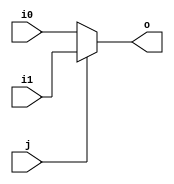
module mux2 (input wire i0, i1, j, output wire o);
  assign o = (j==0)?i0:i1;
endmodule

module mux4 (input wire [0:3] i, input wire [1:0]j, output wire o);
  wire  t0, t1;
  mux2 mux2_0 (i[0], i[1], j[0], t0);
  mux2 mux2_1 (i[2], i[3], j[0], t1);
  mux2 mux2_2 (t0, t1, j[1], o);
endmodule

module rl1(input wire [15:0]i,input wire [1:0]op,output wire [15:0]o);
  /*when op=00->left shift
  op-01->right shift
  op-10->left rotate
  op-11->right rotate*/
  mux4 m0({1'b0,i[1],i[15],i[1]},op,o[0]);
  mux4 m1({i[0],i[2],i[0],i[2]},op,o[1]);
  mux4 m2({i[1],i[3],i[1],i[3]},op,o[2]);
  mux4 m3({i[2],i[4],i[2],i[4]},op,o[3]);
  mux4 m4({i[3],i[5],i[3],i[5]},op,o[4]);
  mux4 m5({i[4],i[6],i[4],i[6]},op,o[5]);
  mux4 m6({i[5],i[7],i[5],i[7]},op,o[6]);
  mux4 m7({i[6],i[8],i[6],i[8]},op,o[7]);
  mux4 m8({i[7],i[9],i[7],i[9]},op,o[8]);
  mux4 m9({i[8],i[10],i[8],i[10]},op,o[9]);
  mux4 mA({i[9],i[11],i[9],i[11]},op,o[10]);
  mux4 mB({i[10],i[12],i[10],i[12]},op,o[11]);
  mux4 mC({i[11],i[13],i[11],i[13]},op,o[12]);
  mux4 mD({i[12],i[14],i[12],i[14]},op,o[13]);
  mux4 mE({i[13],i[15],i[13],i[15]},op,o[14]);
  mux4 mF({i[14],1'b0,i[14],i[0]},op,o[15]);
endmodule

module bitshift1(input wire [15:0]i,input wire s,input wire [1:0]op,output wire [15:0]o);
  wire [15:0]t;
  rl1 r(i,op,t);

  mux2 m10(i[0],t[0],s,o[0]);
  mux2 m11(i[1],t[1],s,o[1]);
  mux2 m12(i[2],t[2],s,o[2]);
  mux2 m13(i[3],t[3],s,o[3]);
  mux2 m14(i[4],t[4],s,o[4]);
  mux2 m15(i[5],t[5],s,o[5]);
  mux2 m16(i[6],t[6],s,o[6]);
  mux2 m17(i[7],t[7],s,o[7]);
  mux2 m18(i[8],t[8],s,o[8]);
  mux2 m19(i[9],t[9],s,o[9]);
  mux2 m1A(i[10],t[10],s,o[10]);
  mux2 m1B(i[11],t[11],s,o[11]);
  mux2 m1C(i[12],t[12],s,o[12]);
  mux2 m1D(i[13],t[13],s,o[13]);
  mux2 m1E(i[14],t[14],s,o[14]);
  mux2 m1F(i[15],t[15],s,o[15]);
endmodule

module rl2(input wire [15:0]i,input wire [1:0]op,output wire [15:0]o);
  /*when op=00->left shift
  op-01->right shift
  op-10->left rotate
  op-11->right rotate*/
  mux4 m0({1'b0,i[2],i[14],i[2]},op,o[0]);
  mux4 m1({1'b0,i[3],i[15],i[3]},op,o[1]);
  mux4 m2({i[0],i[4],i[0],i[4]},op,o[2]);
  mux4 m3({i[1],i[5],i[1],i[5]},op,o[3]);
  mux4 m4({i[2],i[6],i[2],i[6]},op,o[4]);
  mux4 m5({i[3],i[7],i[3],i[7]},op,o[5]);
  mux4 m6({i[4],i[8],i[4],i[8]},op,o[6]);
  mux4 m7({i[5],i[9],i[5],i[9]},op,o[7]);
  mux4 m8({i[6],i[10],i[6],i[10]},op,o[8]);
  mux4 m9({i[7],i[11],i[7],i[11]},op,o[9]);
  mux4 mA({i[8],i[12],i[8],i[12]},op,o[10]);
  mux4 mB({i[9],i[13],i[9],i[13]},op,o[11]);
  mux4 mC({i[10],i[14],i[10],i[14]},op,o[12]);
  mux4 mD({i[11],i[15],i[11],i[15]},op,o[13]);
  mux4 mE({i[12],1'b0,i[12],i[0]},op,o[14]);
  mux4 mF({i[13],1'b0,i[13],i[1]},op,o[15]);
endmodule

module bitshift2(input wire [15:0]i,input wire s,input wire [1:0]op,output wire [15:0]o);
  wire [15:0]t;
  rl2 r(i,op,t);

  mux2 m10(i[0],t[0],s,o[0]);
  mux2 m11(i[1],t[1],s,o[1]);
  mux2 m12(i[2],t[2],s,o[2]);
  mux2 m13(i[3],t[3],s,o[3]);
  mux2 m14(i[4],t[4],s,o[4]);
  mux2 m15(i[5],t[5],s,o[5]);
  mux2 m16(i[6],t[6],s,o[6]);
  mux2 m17(i[7],t[7],s,o[7]);
  mux2 m18(i[8],t[8],s,o[8]);
  mux2 m19(i[9],t[9],s,o[9]);
  mux2 m1A(i[10],t[10],s,o[10]);
  mux2 m1B(i[11],t[11],s,o[11]);
  mux2 m1C(i[12],t[12],s,o[12]);
  mux2 m1D(i[13],t[13],s,o[13]);
  mux2 m1E(i[14],t[14],s,o[14]);
  mux2 m1F(i[15],t[15],s,o[15]);
endmodule

module rl4(input wire [15:0]i,input wire [1:0]op,output wire [15:0]o);
  /*when op=00->left shift
  op-01->right shift
  op-10->left rotate
  op-11->right rotate*/
  mux4 m0({1'b0,i[4],i[12],i[4]},op,o[0]);
  mux4 m1({1'b0,i[5],i[13],i[5]},op,o[1]);
  mux4 m2({1'b0,i[6],i[14],i[6]},op,o[2]);
  mux4 m3({1'b0,i[7],i[15],i[7]},op,o[3]);
  mux4 m4({i[0],i[8],i[0],i[8]},op,o[4]);
  mux4 m5({i[1],i[9],i[1],i[9]},op,o[5]);
  mux4 m6({i[2],i[10],i[2],i[10]},op,o[6]);
  mux4 m7({i[3],i[11],i[3],i[11]},op,o[7]);
  mux4 m8({i[4],i[12],i[4],i[12]},op,o[8]);
  mux4 m9({i[5],i[13],i[5],i[13]},op,o[9]);
  mux4 mA({i[6],i[14],i[6],i[14]},op,o[10]);
  mux4 mB({i[7],i[15],i[7],i[15]},op,o[11]);
  mux4 mC({i[8],1'b0,i[8],i[0]},op,o[12]);
  mux4 mD({i[9],1'b0,i[9],i[1]},op,o[13]);
  mux4 mE({i[10],1'b0,i[10],i[2]},op,o[14]);
  mux4 mF({i[11],1'b0,i[11],i[3]},op,o[15]);
endmodule

module bitshift4(input wire [15:0]i,input wire s,input wire [1:0]op,output wire [15:0]o);
  wire [15:0]t;
  rl4 r(i,op,t);

  mux2 m10(i[0],t[0],s,o[0]);
  mux2 m11(i[1],t[1],s,o[1]);
  mux2 m12(i[2],t[2],s,o[2]);
  mux2 m13(i[3],t[3],s,o[3]);
  mux2 m14(i[4],t[4],s,o[4]);
  mux2 m15(i[5],t[5],s,o[5]);
  mux2 m16(i[6],t[6],s,o[6]);
  mux2 m17(i[7],t[7],s,o[7]);
  mux2 m18(i[8],t[8],s,o[8]);
  mux2 m19(i[9],t[9],s,o[9]);
  mux2 m1A(i[10],t[10],s,o[10]);
  mux2 m1B(i[11],t[11],s,o[11]);
  mux2 m1C(i[12],t[12],s,o[12]);
  mux2 m1D(i[13],t[13],s,o[13]);
  mux2 m1E(i[14],t[14],s,o[14]);
  mux2 m1F(i[15],t[15],s,o[15]);
endmodule

module rl8(input wire [15:0]i,input wire [1:0]op,output wire [15:0]o);
  /*when op=00->left shift
  op-01->right shift
  op-10->left rotate
  op-11->right rotate*/
  mux4 m0({1'b0,i[8],i[8],i[8]},op,o[0]);
  mux4 m1({1'b0,i[9],i[9],i[9]},op,o[1]);
  mux4 m2({1'b0,i[10],i[10],i[10]},op,o[2]);
  mux4 m3({1'b0,i[11],i[11],i[11]},op,o[3]);
  mux4 m4({1'b0,i[12],i[12],i[12]},op,o[4]);
  mux4 m5({1'b0,i[13],i[13],i[13]},op,o[5]);
  mux4 m6({1'b0,i[14],i[14],i[14]},op,o[6]);
  mux4 m7({1'b0,i[15],i[15],i[15]},op,o[7]);
  mux4 m8({i[0],1'b0,i[0],i[0]},op,o[8]);
  mux4 m9({i[1],1'b0,i[1],i[1]},op,o[9]);
  mux4 mA({i[2],1'b0,i[2],i[2]},op,o[10]);
  mux4 mB({i[3],1'b0,i[3],i[3]},op,o[11]);
  mux4 mC({i[4],1'b0,i[4],i[4]},op,o[12]);
  mux4 mD({i[5],1'b0,i[5],i[5]},op,o[13]);
  mux4 mE({i[6],1'b0,i[6],i[6]},op,o[14]);
  mux4 mF({i[7],1'b0,i[7],i[7]},op,o[15]);
endmodule

module bitshift8(input wire [15:0]i,input wire s,input wire [1:0]op,output wire [15:0]o);
  wire [15:0]t;
  rl8 r(i,op,t);

  mux2 m10(i[0],t[0],s,o[0]);
  mux2 m11(i[1],t[1],s,o[1]);
  mux2 m12(i[2],t[2],s,o[2]);
  mux2 m13(i[3],t[3],s,o[3]);
  mux2 m14(i[4],t[4],s,o[4]);
  mux2 m15(i[5],t[5],s,o[5]);
  mux2 m16(i[6],t[6],s,o[6]);
  mux2 m17(i[7],t[7],s,o[7]);
  mux2 m18(i[8],t[8],s,o[8]);
  mux2 m19(i[9],t[9],s,o[9]);
  mux2 m1A(i[10],t[10],s,o[10]);
  mux2 m1B(i[11],t[11],s,o[11]);
  mux2 m1C(i[12],t[12],s,o[12]);
  mux2 m1D(i[13],t[13],s,o[13]);
  mux2 m1E(i[14],t[14],s,o[14]);
  mux2 m1F(i[15],t[15],s,o[15]);
endmodule

module barrelshifter16(input wire [15:0]i,input wire [3:0]s,input wire [1:0]op,output wire [15:0]o);
  wire [15:0]t1,t2,t3;

  bitshift8 b8(i,s[3],op,t1);
  bitshift4 b4(t1,s[2],op,t2);
  bitshift2 b2(t2,s[1],op,t3);
  bitshift1 b1(t3,s[0],op,o);
endmodule